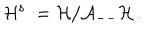
LaTeX: { \cal H } ^ { \mathrm { s } } : = { \cal H } / { \cal A } _ { -- } { \cal H } \, .